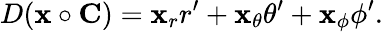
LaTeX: D(\mathbf{x}\circ\mathbf{C})=\mathbf{x}_{r}r^{\prime}+\mathbf{x}_{\theta}\theta^{\prime}+\mathbf{x}_{\phi}\phi^{\prime}.